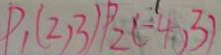
P _ { 1 } ( 2 , 3 ) P _ { 2 } ( - 4 , 3 )